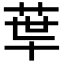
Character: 𦰗